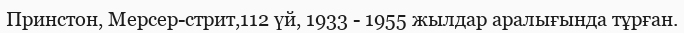
Принстон, Мерсер-стрит,112 үй, 1933 - 1955 жылдар аралығында тұрған.